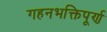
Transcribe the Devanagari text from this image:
गहनभक्तिपूर्ण